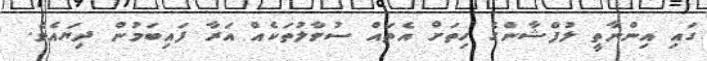
ގައި އިންނާތީ ލުފްޝާންގެ ހިތަށް އެތައް ސުވާލުތަކެއް އަރާ ފައިބަމުން ދިޔައެވެ.